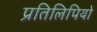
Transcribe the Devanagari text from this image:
प्रतिलिपियो